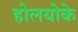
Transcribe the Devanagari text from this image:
होलयोके